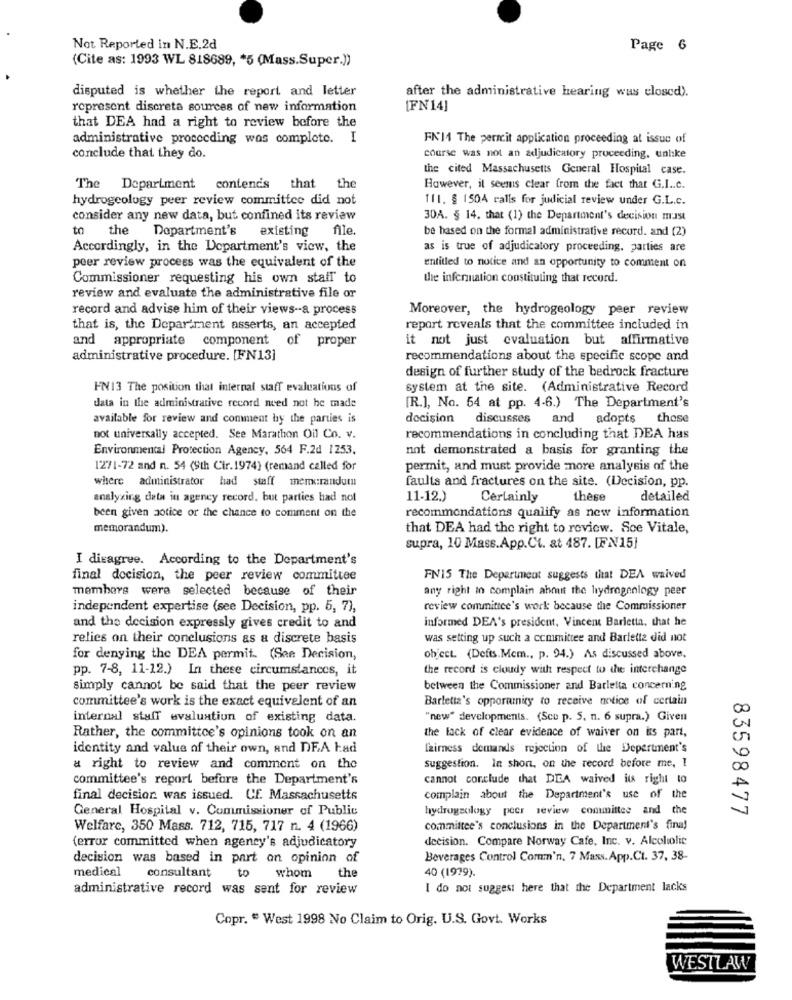
Not Reported in N.E.2d
Page 6
(Cite as: 1993 WL 818689, * 5 (Mass.Super.))
disputed is whether the report and letter
after the administrative hearing was closed).
represent discreta sources of new information
[FN14]
that DEA had a right to review before the
administrative proceeding was complete. I
FN14 The permit application proceeding at issue of
conclude that they do.
course was not an adjudicatory proceeding. unlike
the cited Massachusetts General Hospital case.
The Department contends that the
However, it seems clear from the fact that G.I .. c.
hydrogeology peer review committee did not
ff1. § 1504 calls for judicial review under G.L.c.
consider any new data, but confined its review
30A. § 14. that (1) the Department's decision mast
to
the
Dopartment's
existing
Ale.
be based on the formal administrative record. and (2)
Accordingly, in the Department's view, the
as is true of adjudicatory proceeding. parties are
peer review process was the equivalent of the
entitled to notice and an opportunity to comment on
Commissioner requesting his own staff to
the information constituting that record.
review and evaluate the administrative file or
record and advise him of their views -- a process
Moreover, the hydrogeology peer review
that is, the Department asserts, an accepted
report reveals that the committee included in
and appropriate component of proper
it not just evaluation but affirmative
administrative procedure. [FN13]
recommendations about the specific scope and
design of further study of the bedrock fracture
FN13 The position that internal staff evaluations of
system at the site. (Administrative Record
data in the administrative record need not be made
[R.], No. 54 at pp. 4-6.) The Department's
available for review and comment by the parties is
decision discusses and adopts those
not universally accepted. See Marathon Oil Co. v.
recommendations in concluding that DEA has
Environmental Protection Agency, 564 F.2d 1253,
not demonstrated a basis for granting the
1271-72 and n. 54 (9th Cir.1974) (remand called for
permit, and must provide more analysis of the
where administrator had staff memorandum
faults and fractures on the site. (Decision, pp.
analyzing data in agency record, but parties had not
11-12.)
Certainly
these
detailed
recommendations qualify as new information
been given aotice or the chance to comment on the
memorandum).
that DEA had the right to review. Sce Vitale,
supra, 10 Mass.App.Ct. at 487. [FN15]
I disagree. According to the Department's
final decision, the peer review committee
FN15 The Department suggests that DEA waived
members were selected because of their
any right in complain about the hydrogenlogy peer
independent expertise (see Decision, pp. 5, 7),
review committee's work because the Commissioner
informed DEA's president, Vincer Barletta, that he
and the decision expressly gives credit to and
relies on their conclusions as a discrete basis
was setting up such a committee and Barletta did not
for denying the DEA permit. (See Decision,
object. (Defts.Mem ., p. 94.) As discussed above.
pp. 7-8, 11-12.) In these circumstances, it
the record is cloudy with respect to the interchange
simply cannot be said that the peer review
between the Commissioner and Barletta concerning
committee's work is the exact equivalent of an
Barletta's opporamity to receive notice of certain
internal staff evaluation of existing data.
"new" developments. (See p. S. n. 6 supra.) Given
the lack of clear evidence of waiver on its part,
Rather, the committee's opinions took on an
identity and value of their own, and DEA bad
fairness demands rejection of the Department's
a right to review and comment on the
Suggestion. In short, on the record before me, I
committee's report before the Department's
cannot conclude that DEA waived its right to
final decision was issued. Cf. Massachusetts
complain about the Department's use of the
General Hospital v. Commissioner of Public
hydrogeology peer review committee and the
83598477
Welfare, 350 Mass. 712, 715, 717 n. 4 (1966)
committee's conclusions in the Department's final
decision. Compare Norway Cafe, Inc. v. Alcoholic
(error committed when agency's adjudicatory
decision was based in part on opinion of
Beverages Control Comm'n, 7 Mass.App.Ct. 37, 38-
medical
consultant
to
whom
the
40 (1979).
administrative record was sent for review
I do not suggest here that the Department lacks
Copr. " West 1998 No Claim to Orig. U.S. Govt. Works
WESTLAW